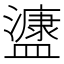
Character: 𭾔